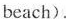
beach).